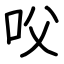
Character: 㕮